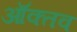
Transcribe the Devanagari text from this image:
ऑक्तव